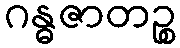
ဂန္ဓဇာတဉ္စ